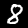
Label: 8